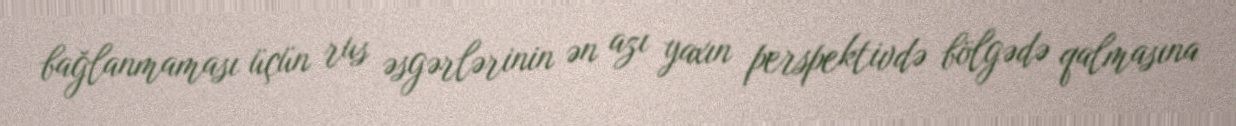
bağlanmaması üçün rus əsgərlərinin ən azı yaxın perspektivdə bölgədə qalmasına